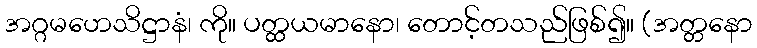
အဂ္ဂမဟေသိဋ္ဌာနံ၊ ကို။ ပတ္ထယမာနော၊ တောင့်တသည်ဖြစ်၍။ (အတ္တနော